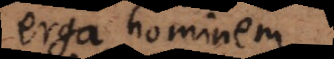
erga hominem.